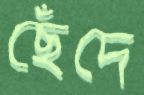
ছেঁদে